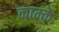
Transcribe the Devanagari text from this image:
काम्के